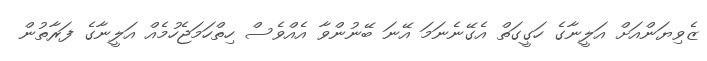
ޒެވިޔަންއަށް އަލީނާގެ ހަގީގަތް އެގޭނެނަމަ އޭނަ ބޭނުންވާ އެއްވެސް ހިތްހަމަޖެހުމެއް އަލީނާގެ ފަރާތުން